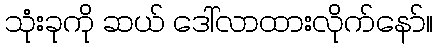
သုံးခုကို ဆယ် ဒေါ်လာထားလိုက်နော်။